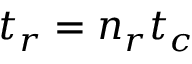
t _ { r } = n _ { r } t _ { c }